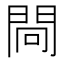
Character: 𨴀